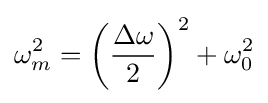
\omega _{m}^{2}=\left({\frac {\Delta \omega }{2}}\right)^{2}+\omega _{0}^{2}